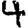
Digit: 4